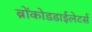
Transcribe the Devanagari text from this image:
ब्रोंकोडडाईलेटर्स